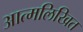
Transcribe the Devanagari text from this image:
आत्मलिखित